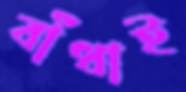
বাঁধাই